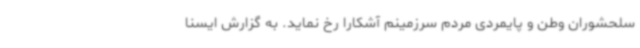
سلحشوران وطن و پایمردی مردم سرزمینم آشکارا رخ نماید. به گزارش ایسنا